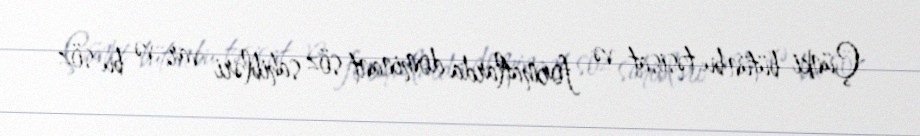
Çünki bütün bu təsisat və formatlarda dominant söz sahibləri var və bu söz